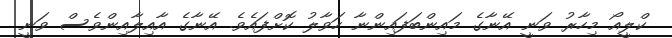
ކްލީއޯ މިހާރު ވަނީ އޭނާގެ މައިންބަފައިންނާ ހަވާލު ކޮށްފައެވެ. އޭނާގެ އާއިލާއިންވެސް ވަނީ